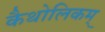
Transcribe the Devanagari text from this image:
कैथोलिकम्